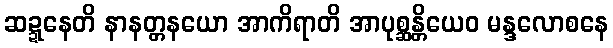
ဆဍ္ဍနေတိ နာနတ္တနယော အာကိရာတိ အာပုစ္ဆန္တိယေဝ မန္ဒလောစနေ